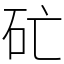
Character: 𥐞